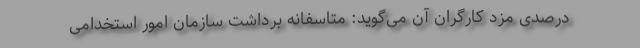
درصدی مزد کارگران آن می‌گوید: متاسفانه برداشت سازمان امور استخدامی